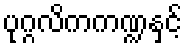
ပုဂ္ဂလိကကဏ္ဍနှင့်